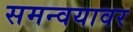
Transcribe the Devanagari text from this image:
समन्वयावर